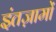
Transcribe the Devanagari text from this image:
इंतज़ामों